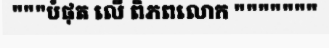
"""បំផុត លើ ពិភពលោក """""""